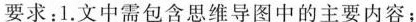
要求;1.文中需包含思推导图中的主要内容；